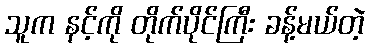
သူက နင့်ကို တိုက်ပိုင်ကြီး ခန့်မယ်တဲ့